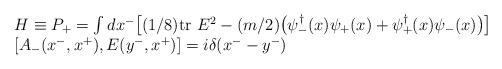
LaTeX: \begin{align*}\begin{array}{l}H \equiv P_+ = \int dx^- \big[ (1/8){\rm tr}~E^2 -(m/2)\big(\psi^\dagger_-(x)\psi_+(x) + \psi^\dagger_+(x) \psi_-(x) \big) \big] \\\left[A_-(x^-,x^+), E(y^-, x^+) \right] = i \delta (x^- - y^-)\end{array}\end{align*}